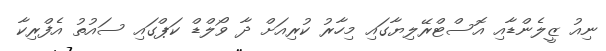
ނިއު ޒީލެންޑާއި އޮސްޓްރޭލިޔާގައި މިހާރު ކުރިއަށް ދާ ވޯލްޑް ކަޕްގައި ސައުތު އެފްރިކާ